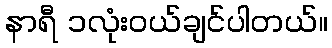
နာရီ ၁လုံးဝယ်ချင်ပါတယ်။